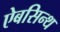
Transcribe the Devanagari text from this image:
ऐबसिन्थ